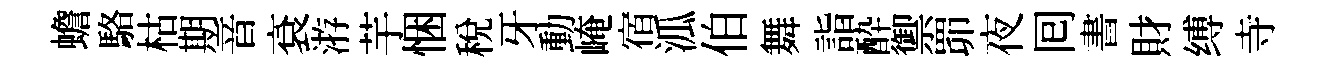
蟾駱枯期音袞㳺芋悃稅牙動崦宿泒伯舞詣酔禦𦊑夜囘書財缚寺